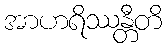
အာဟရိဿန္တီတိ